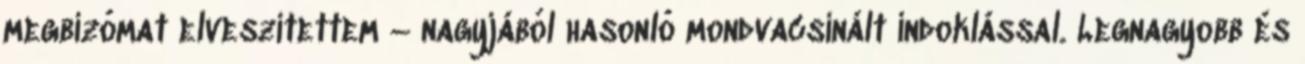
megbízómat elveszítet­tem – nagyjából hasonló mondvacsinált indoklással. Legnagyobb és